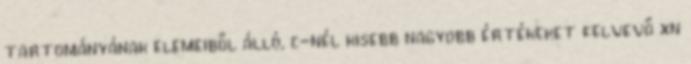
tartományának elemeiből álló, c-nél kisebb nagyobb értékeket felvevő xn